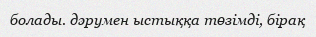
болады. дәрумен ыстыққа төзімді, бірақ